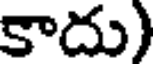
కాదు)